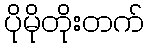
ပိုမိုတိုးတက်